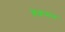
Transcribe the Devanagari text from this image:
बेकमन